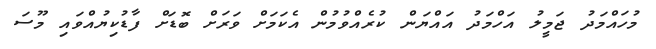
މުހައްމަދު ޖަމީލު އަހްމަދު އައްޔަން ކުރެއްވުމުން އެކަމަށް ވަރަށް ބޮޑަށް ފާޑުކިޔުއްވައި މޫސަ